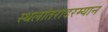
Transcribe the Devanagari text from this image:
स्थलांतरादरम्यान